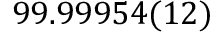
9 9 . 9 9 9 5 4 ( 1 2 ) \